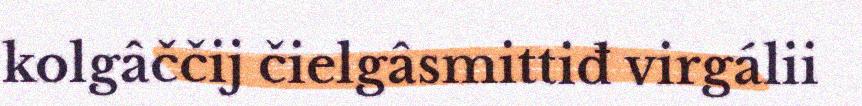
kolgâččij čielgâsmittiđ virgálii